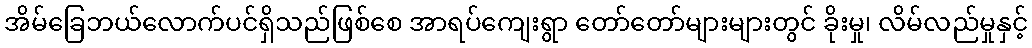
အိမ်ခြေဘယ်လောက်ပင်ရှိသည်ဖြစ်စေ အာရပ်ကျေးရွာ တော်တော်များများတွင် ခိုးမှု၊ လိမ်လည်မှုနှင့်